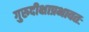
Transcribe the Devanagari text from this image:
गुरुदीक्षाप्रभावतः